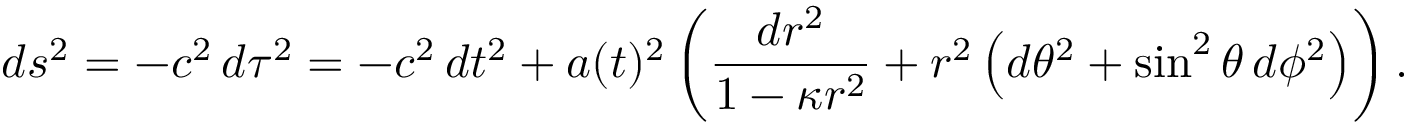
d s ^ { 2 } = - c ^ { 2 } \, d \tau ^ { 2 } = - c ^ { 2 } \, d t ^ { 2 } + a ( t ) ^ { 2 } \left( { \frac { d r ^ { 2 } } { 1 - \kappa r ^ { 2 } } } + r ^ { 2 } \left( d \theta ^ { 2 } + \sin ^ { 2 } \theta \, d \phi ^ { 2 } \right) \right) .